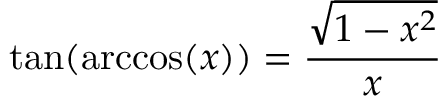
\tan ( \operatorname { a r c c o s } ( x ) ) = { \frac { \sqrt { 1 - x ^ { 2 } } } { x } }